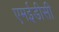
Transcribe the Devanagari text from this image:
एमईडीसी